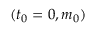
( t _ { 0 } = 0 , m _ { 0 } )